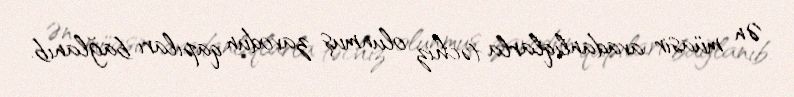
Ən müasir avadanlıqlarla təchiz olunmuş zavodun qapıları bağlanıb.